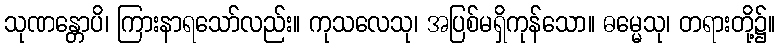
သုဏန္တောပိ၊ ကြားနာရသော်လည်း။ ကုသလေသု၊ အပြစ်မရှိကုန်သော။ ဓမ္မေသု၊ တရားတို့၌။